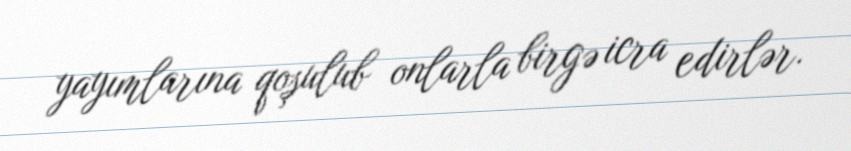
yayımlarına qoşulub onlarla birgə icra edirlər.